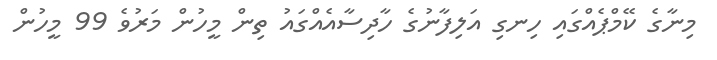
މިނާގެ ކޭމްޕެއްގައި ހިނގި އަލިފާނުގެ ހާދިސާއެއްގައު ތިން މީހުން މަރުވެ 99 މީހުން